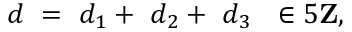
d \ = \ d _ { 1 } + \ d _ { 2 } + \ d _ { 3 } \ \ \in 5 { \bf Z } ,